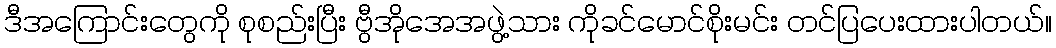
ဒီအကြောင်းတွေကို စုစည်းပြီး ဗွီအိုအေအဖွဲ့သား ကိုခင်မောင်စိုးမင်း တင်ပြပေးထားပါတယ်။